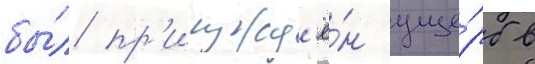
бы́л пр'исужд'ё́н уще́рб в